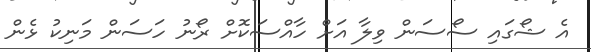
އެ ޝޯގައި ސޯސަން ވިލާ އަށް ހާއްސަކޮށް ރޯނު ހަސަން މަނިކު ޅެން